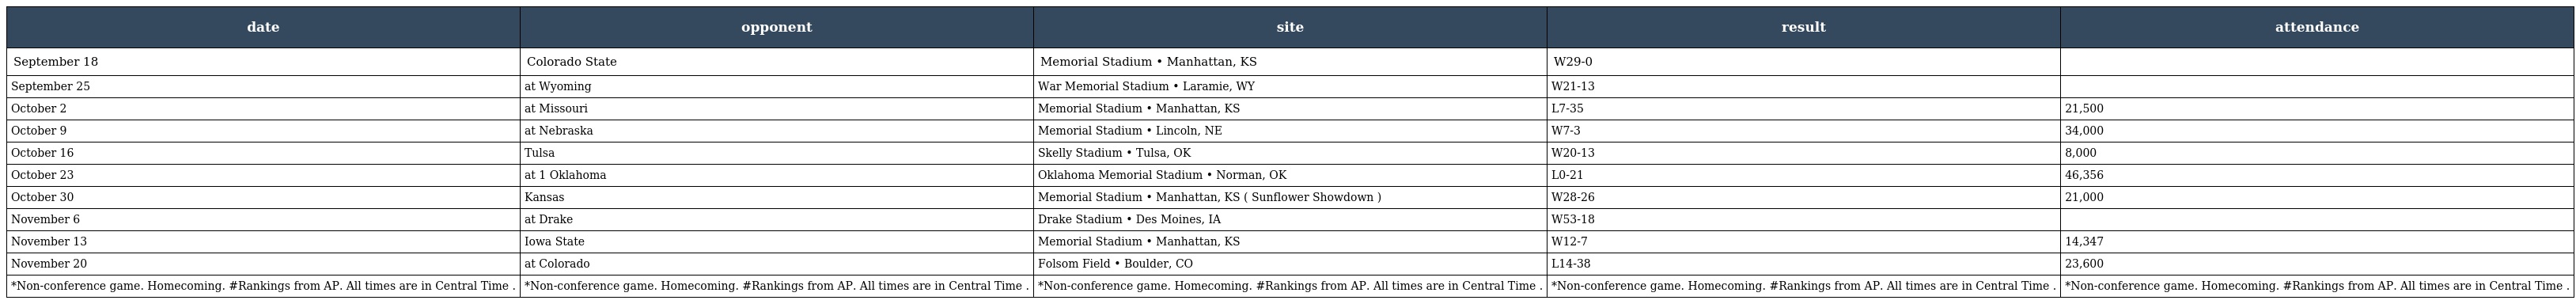
| date | opponent | site | result | attendance |
 | --- | --- | --- | --- | --- |
 | September 18 | Colorado State | Memorial Stadium • Manhattan, KS | W29-0 |  |
 | September 25 | at Wyoming | War Memorial Stadium • Laramie, WY | W21-13 |  |
 | October 2 | at Missouri | Memorial Stadium • Manhattan, KS | L7-35 | 21,500 |
 | October 9 | at Nebraska | Memorial Stadium • Lincoln, NE | W7-3 | 34,000 |
 | October 16 | Tulsa | Skelly Stadium • Tulsa, OK | W20-13 | 8,000 |
 | October 23 | at 1 Oklahoma | Oklahoma Memorial Stadium • Norman, OK | L0-21 | 46,356 |
 | October 30 | Kansas | Memorial Stadium • Manhattan, KS ( Sunflower Showdown ) | W28-26 | 21,000 |
 | November 6 | at Drake | Drake Stadium • Des Moines, IA | W53-18 |  |
 | November 13 | Iowa State | Memorial Stadium • Manhattan, KS | W12-7 | 14,347 |
 | November 20 | at Colorado | Folsom Field • Boulder, CO | L14-38 | 23,600 |
 | *Non-conference game. Homecoming. #Rankings from AP. All times are in Central Time . | *Non-conference game. Homecoming. #Rankings from AP. All times are in Central Time . | *Non-conference game. Homecoming. #Rankings from AP. All times are in Central Time . | *Non-conference game. Homecoming. #Rankings from AP. All times are in Central Time . | *Non-conference game. Homecoming. #Rankings from AP. All times are in Central Time . |